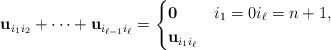
LaTeX: \begin{align*} \mathbf{u}_{i_1i_2}+\cdots+\mathbf{u}_{i_{\ell-1}i_\ell}=\begin{cases} \boldsymbol{0}&i_1=0i_\ell=n+1,\\ \mathbf{u}_{i_1i_\ell} & \end{cases} \end{align*}